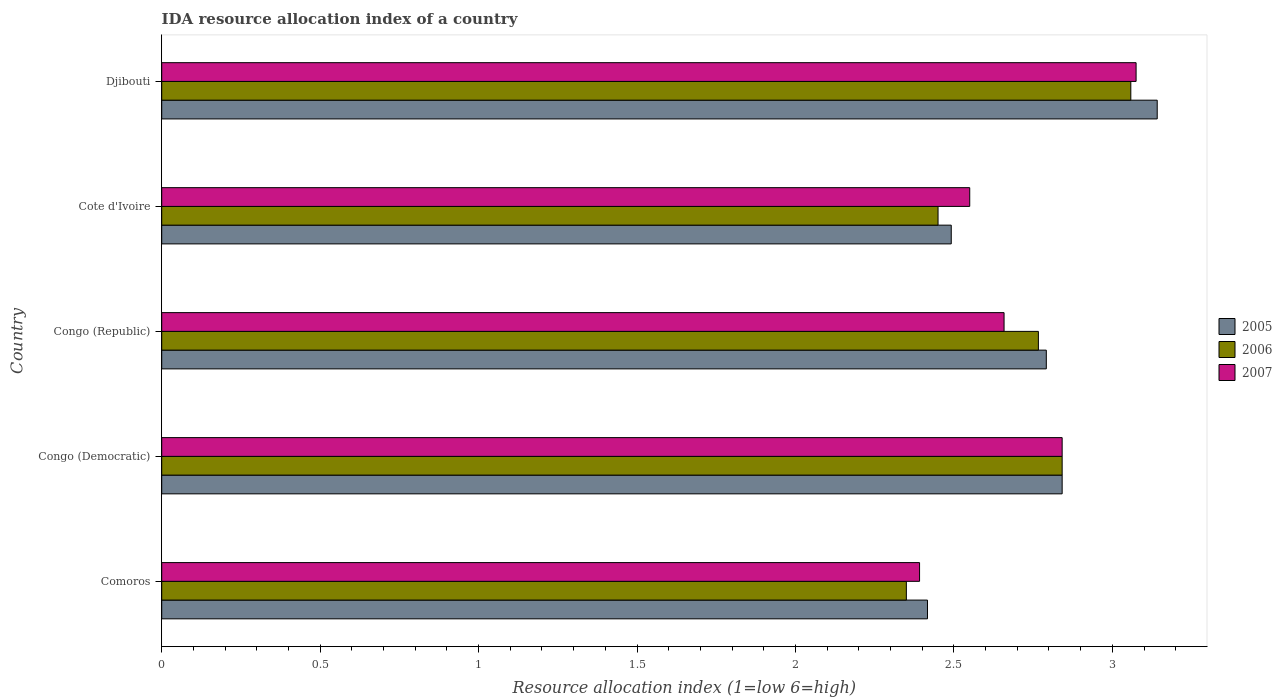
| Country | 2005 | 2006 | 2007 |
 | --- | --- | --- | --- |
 | Comoros | 2.42 | 2.35 | 2.39 |
 | Congo (Democratic) | 2.84 | 2.84 | 2.84 |
 | Congo (Republic) | 2.79 | 2.77 | 2.66 |
 | Cote d'Ivoire | 2.49 | 2.45 | 2.55 |
 | Djibouti | 3.14 | 3.06 | 3.08 |